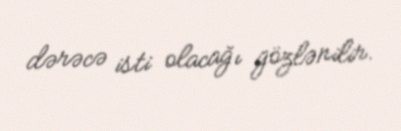
dərəcə isti olacağı gözlənilir.